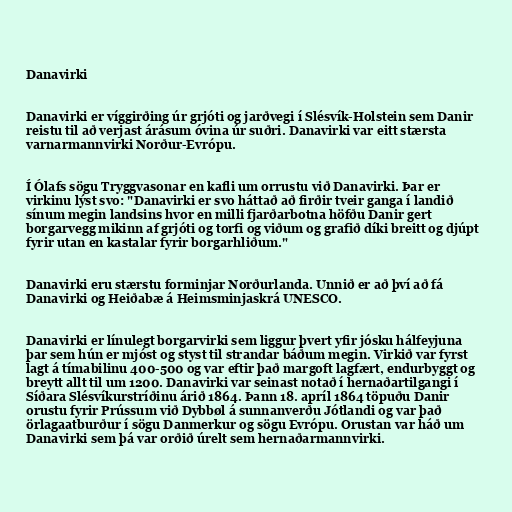
Danavirki

Danavirki er víggirðing úr grjóti og jarðvegi í Slésvík-Holstein sem Danir
reistu til að verjast árásum óvina úr suðri. Danavirki var eitt stærsta
varnarmannvirki Norður-Evrópu.

Í Ólafs sögu Tryggvasonar en kafli um orrustu við Danavirki. Þar er
virkinu lýst svo: "Danavirki er svo háttað að firðir tveir ganga í landið
sínum megin landsins hvor en milli fjarðarbotna höfðu Danir gert
borgarvegg mikinn af grjóti og torfi og viðum og grafið díki breitt og djúpt
fyrir utan en kastalar fyrir borgarhliðum."

Danavirki eru stærstu forminjar Norðurlanda. Unnið er að því að fá
Danavirki og Heiðabæ á Heimsminjaskrá UNESCO.

Danavirki er línulegt borgarvirki sem liggur þvert yfir jósku hálfeyjuna
þar sem hún er mjóst og styst til strandar báðum megin. Virkið var fyrst
lagt á tímabilinu 400-500 og var eftir það margoft lagfært, endurbyggt og
breytt allt til um 1200. Danavirki var seinast notað í hernaðartilgangi í
Síðara Slésvíkurstríðinu árið 1864. Þann 18. apríl 1864 töpuðu Dan­ir
or­ustu fyr­ir Prúss­um við Dybbøl á sunn­an­verðu Jótlandi og var það
örlagaatburður í sögu Dan­merk­ur og sögu Evrópu. Orustan var háð um
Danavirki sem þá var orðið úrelt sem hernaðarmannvirki.